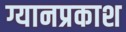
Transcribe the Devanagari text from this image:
ग्यानप्रकाश